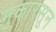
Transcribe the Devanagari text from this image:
मुकारसून